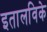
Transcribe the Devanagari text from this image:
इतालविके